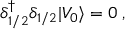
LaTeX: \delta { ^ \dagger _ { 1 / 2 } } \delta _ { 1 / 2 } \vert V _ { 0 } \rangle = 0 \; ,